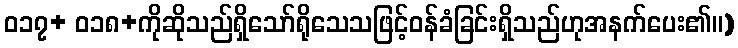
ဝ၁၇+ ဝ၁၈+ကိုဆိုသည်ရှိသော်ရိုသေသဖြင့်ဝန်ခံခြင်းရှိသည်ဟုအနက်ပေး၏။)